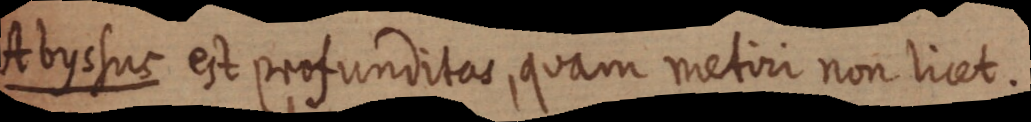
Abyssus est profunditas, quam metiri non licet.